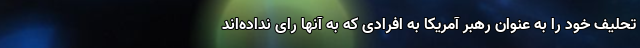
تحلیف خود را به عنوان رهبر آمریکا به افرادی که به آنها رای نداده‌اند